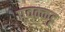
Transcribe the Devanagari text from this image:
पूवक्कट्ट